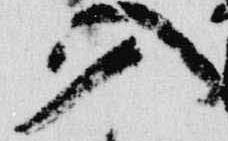
入